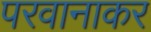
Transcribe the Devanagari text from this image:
परवानाकर